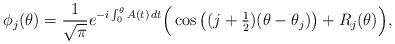
LaTeX: \begin{align*} \phi_j(\theta)=\frac1{\sqrt{\pi}}e^{-i\int_0^\theta A(t)\,dt}\Big(\cos\big((j+\tfrac12)(\theta-\theta_j)\big)+R_j(\theta)\Big),\end{align*}